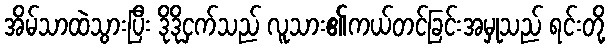
အိမ်သာထဲသွားပြီး ဒိုဒိုငှက်သည် လူသား၏ကယ်တင်ခြင်းအမှုသည် ရင်းတို့